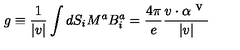
g \equiv \frac { 1 } { | v | } \int d S _ { i } M ^ { a } B _ { i } ^ { a } = \frac { 4 \pi } { e } \frac { v \cdot \alpha ^ { \textrm { v } } } { | v | }